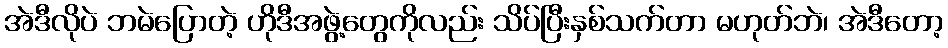
အဲဒီလိုပဲ ဘမဲပြောတဲ့ ဟိုဒီအဖွဲ့တွေကိုလည်း သိပ်ပြီးနှစ်သက်တာ မဟုတ်ဘဲ၊ အဲဒီတော့